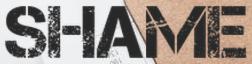
SHAME